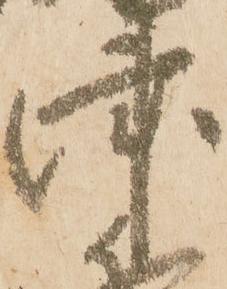
津